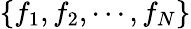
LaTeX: \{ f_{1},f_{2},\cdots,f_{N}\}